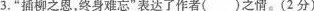
3.”插柳之恩，终身难忘”表达了作者()之情。(2分)